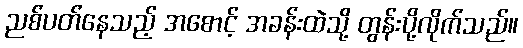
ညစ်ပတ်နေသည့် အစောင့် အခန်းထဲသို့ တွန်းပို့လိုက်သည်။